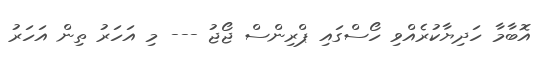
އޮބާމާ ހަދިޔާކުރެއްވި ހޯސްގައި ޕްރިންސް ޖޯޖު --- މި އަހަރު ތިން އަހަރު